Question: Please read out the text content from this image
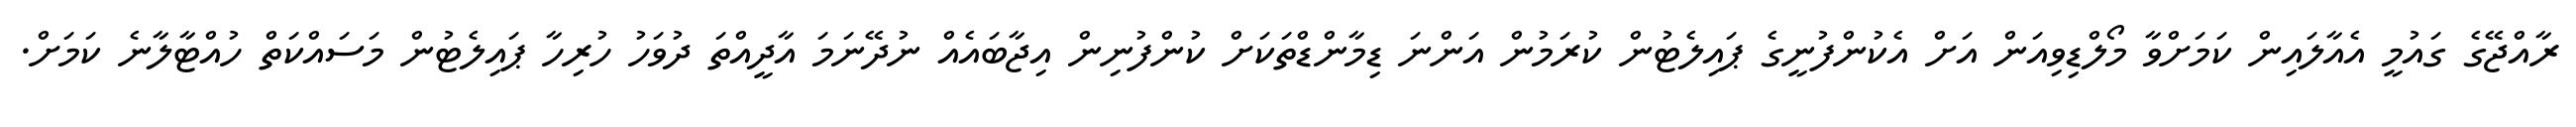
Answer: ރާއްޖޭގެ ގައުމީ އެއާލައިން ކަމަށްވާ މޯލްޑިވިއަން އަށް އެކުންފުނީގެ ޕައިލެޓުން ކުރަމުން އަންނަ ޑިމާންޑްތަކަށް ކުންފުނިން އިޖާބައެއް ނުދޭނަމަ އާދީއްތަ ދުވަހު ހުރިހާ ޕައިލެޓުން މަސައްކަތް ހުއްޓާލާނެ ކަމަށް.